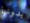
بدونها